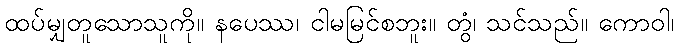
ထပ်မျှတူသောသူကို။ နပေဿ၊ ငါမမြင်စဘူး။ တွံ၊ သင်သည်။ ကောဝါ၊